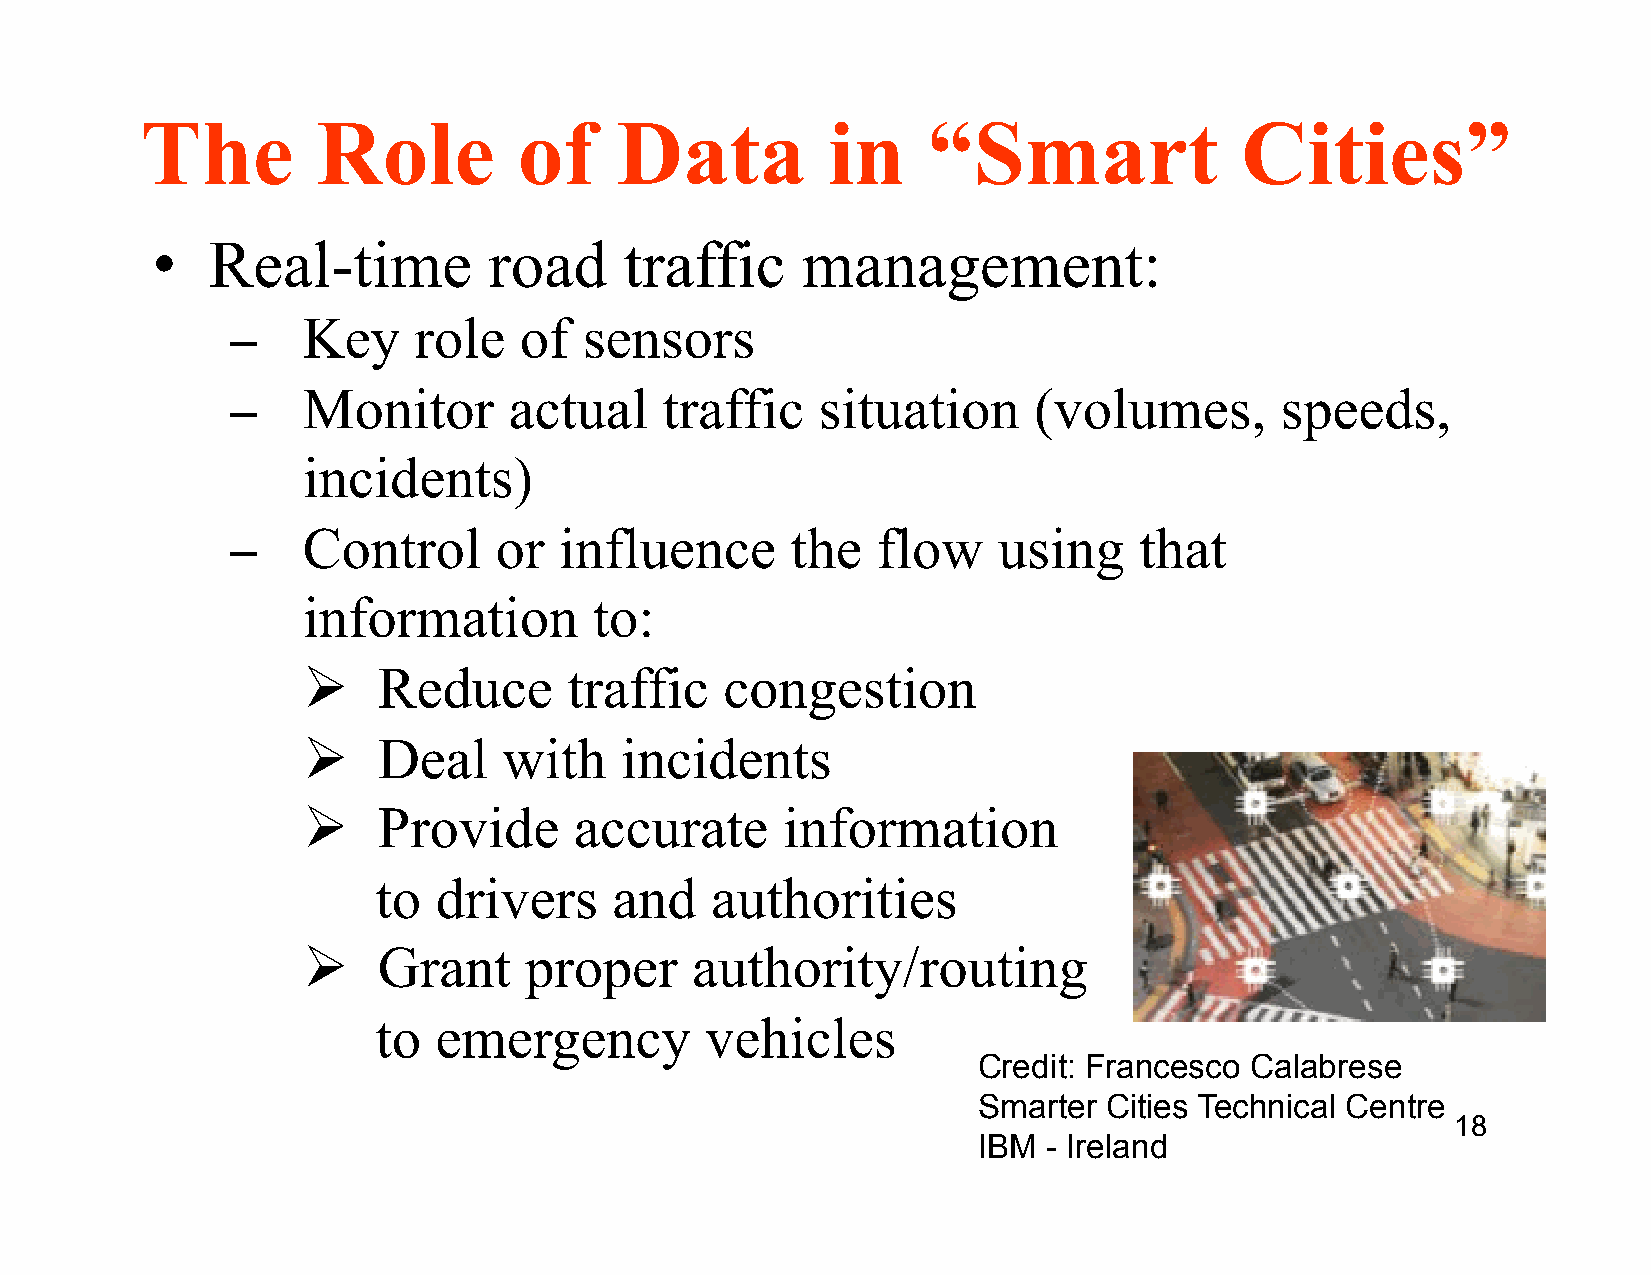
The         Role         of     Data          in    “Smart               Cities”
 •   Real-time         road     traffic     management:
 ­    Key    role   of   sensors
 ­    Monitor       actual    traffic   situation     (volumes,        speeds,
 incidents)
 ­    Control      or  influence      the   flow    using    that
 information        to:
 Ø   Reduce       traffic   congestion
 Ø   Deal    with    incidents
 Ø   Provide      accurate      information
 to  drivers     and   authorities
 Ø   Grant     proper     authority/routing
 to  emergency         vehicles
 Credit: Francesco Calabrese
 Smarter Cities Technical Centre
 18
 IBM - Ireland